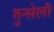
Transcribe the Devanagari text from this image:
तुन्सेली